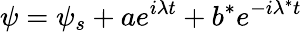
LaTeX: \psi=\psi_{s}+ae^{i\lambda t}+b^{*}e^{-i\lambda^{*}t}